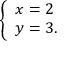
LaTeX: \left\{ \begin{array} { l l } { x = 2 } \\ { y = 3 . } \end{array} \right.